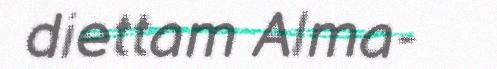
diettam Alma-